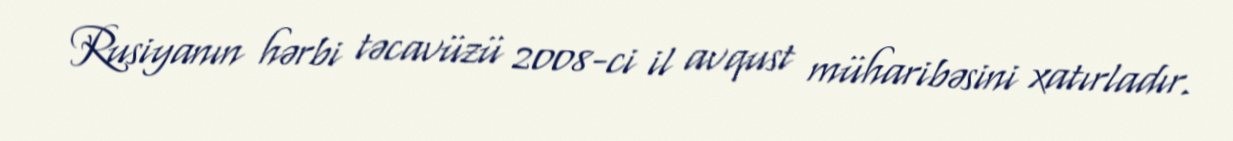
Rusiyanın hərbi təcavüzü 2008-ci il avqust müharibəsini xatırladır.